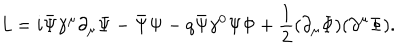
{ \it L } = i \bar { \Psi } { \gamma } ^ { \mu } { \partial } _ { \mu } { \Psi } - \bar { \Psi } { \Psi } - q \bar { \Psi } { \gamma } ^ { 0 } { \Psi } \Phi + { \frac { 1 } { 2 } } ( { \partial } _ { \mu } \Phi ) ( { \partial } ^ { \mu } \Phi ) .